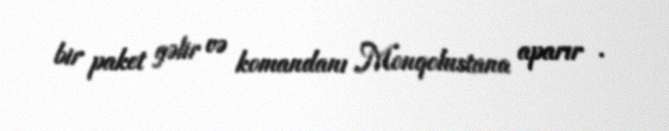
bir paket gəlir və komandanı Monqolustana aparır .